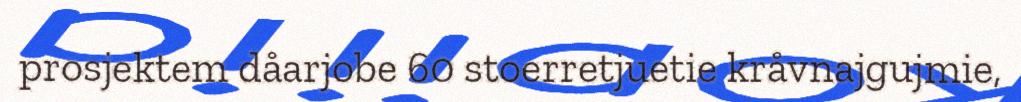
prosjektem dåarjobe 60 stoerretjuetie kråvnajgujmie,